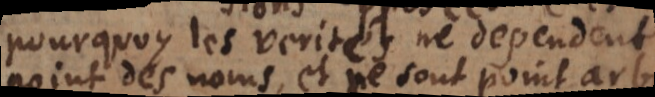
pourquoy les verités ne dependent